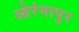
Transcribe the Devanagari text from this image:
ओरंगापुर